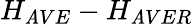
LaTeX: H_{\mathit{A}VE}-H_{\mathit{A}VER}